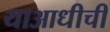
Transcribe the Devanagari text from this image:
याआधीची